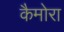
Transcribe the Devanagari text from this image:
कैमोरा